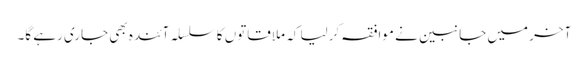
آخر میں جانبین نے موافقہ کرلیا کہ ملاقاتوں کا سلسلہ آئندہ بھی جاری رہے گا۔